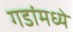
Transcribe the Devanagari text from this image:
गडांमध्ये